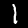
Label: 1